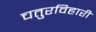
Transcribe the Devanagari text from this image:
चतुरविहारी